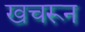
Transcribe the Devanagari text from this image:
खचरून